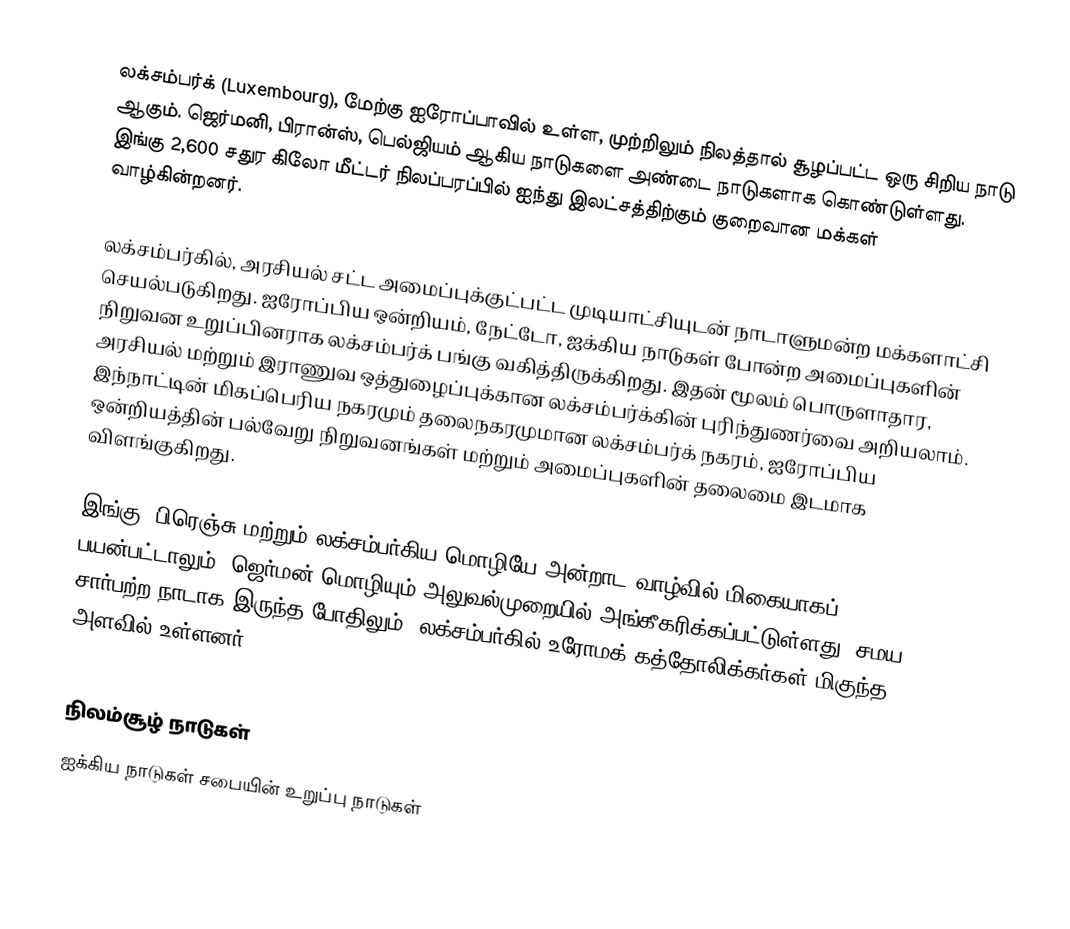
லக்சம்பர்க் (Luxembourg), மேற்கு ஐரோப்பாவில் உள்ள, முற்றிலும் நிலத்தால் சூழப்பட்ட ஒரு சிறிய நாடு ஆகும். ஜெர்மனி, பிரான்ஸ், பெல்ஜியம் ஆகிய நாடுகளை அண்டை நாடுகளாக கொண்டுள்ளது. இங்கு 2,600 சதுர கிலோ மீட்டர் நிலப்பரப்பில் ஐந்து இலட்சத்திற்கும் குறைவான மக்கள் வாழ்கின்றனர்.

லக்சம்பர்கில், அரசியல் சட்ட அமைப்புக்குட்பட்ட முடியாட்சியுடன் நாடாளுமன்ற மக்களாட்சி செயல்படுகிறது. ஐரோப்பிய ஒன்றியம், நேட்டோ, ஐக்கிய நாடுகள் போன்ற அமைப்புகளின் நிறுவன உறுப்பினராக லக்சம்பர்க் பங்கு வகித்திருக்கிறது. இதன் மூலம் பொருளாதார, அரசியல் மற்றும் இராணுவ ஒத்துழைப்புக்கான லக்சம்பர்க்கின் புரிந்துணர்வை அறியலாம். இந்நாட்டின் மிகப்பெரிய நகரமும் தலைநகரமுமான லக்சம்பர்க் நகரம், ஐரோப்பிய ஒன்றியத்தின் பல்வேறு நிறுவனங்கள் மற்றும் அமைப்புகளின் தலைமை இடமாக விளங்குகிறது.

இங்கு, பிரெஞ்சு மற்றும் லக்சம்பர்கிய மொழியே அன்றாட வாழ்வில் மிகையாகப் பயன்பட்டாலும், ஜெர்மன் மொழியும் அலுவல்முறையில் அங்கீகரிக்கப்பட்டுள்ளது. சமய சார்பற்ற நாடாக இருந்த போதிலும், லக்சம்பர்கில் உரோமக் கத்தோலிக்கர்கள் மிகுந்த அளவில் உள்ளனர்.

நிலம்சூழ் நாடுகள்
ஐக்கிய நாடுகள் சபையின் உறுப்பு நாடுகள்